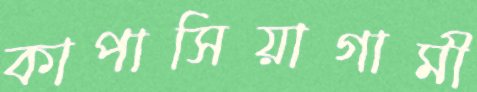
কাপাসিয়াগামী